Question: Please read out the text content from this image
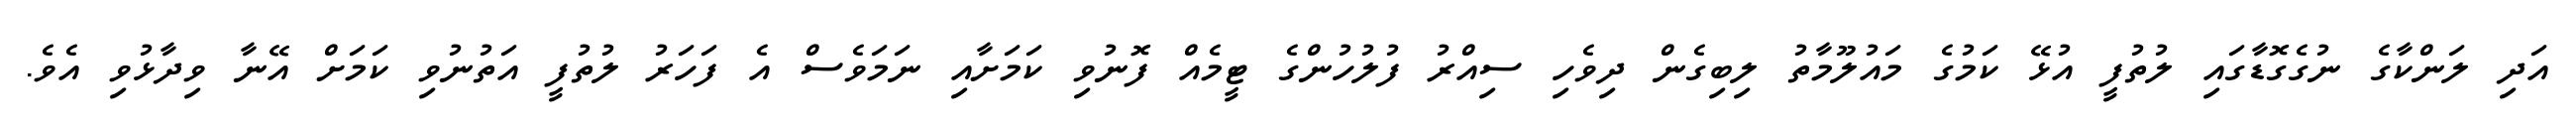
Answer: އަދި ލަންކާގެ ނުގެގޮޑާގައި ލުތުފީ އުޅޭ ކަމުގެ މައުލޫމާތު ލިބިގެން ދިވެހި ސިއްރު ފުލުހުންގެ ޓީމެއް ފޮނުވި ކަމަށާއި ނަމަވެސް އެ ފަހަރު ލުތުފީ އަތުނުވި ކަމަށް އޭނާ ވިދާޅުވި އެވެ.